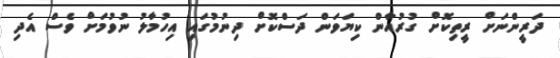
ދަރީންނަށް ރީތިކޮށް ގުރުއާން ކިޔަވަން ދަސްކޮށް ދިނުމުގައި އިހުމާލު ނުވުމަށް ވެސް އެދި